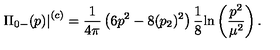
\displaystyle { \left. \Pi _ { 0 - } ( p ) \right| ^ { ( c ) } = \frac { 1 } { 4 \pi } \left( 6 p ^ { 2 } - 8 ( p _ { 2 } ) ^ { 2 } \right) \frac { 1 } { 8 } \mathrm { l n } \left( \frac { p ^ { 2 } } { \mu ^ { 2 } } \right) . }